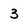
Character: 3